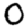
Digit: 0